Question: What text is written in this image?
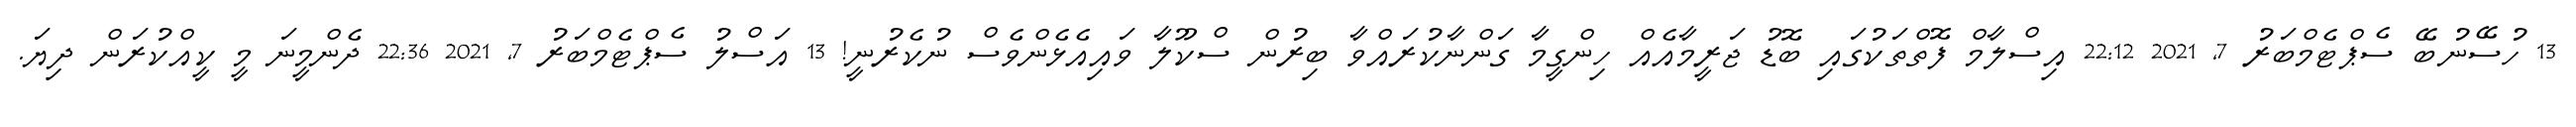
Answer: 13 ހުސޭނުބޭ ސެޕްޓެމްބަރު 7, 2021 22:12 އިސްލާމް ފޮތްތަކުގައި ބޮޑު ޖަރީމާއެއް ހިންގީމާ ގަންނާކުރައްވާ ބިރުން ސްކޫލާ ވައިއެޅެންވެސް ނުކެރުނީ! 13 އަސްލު ސެޕްޓެމްބަރު 7, 2021 22:36 ދެންމީނަ މީ ކީއްކުރަން ދިޔަ.